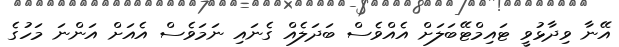
އޭނާ ވިދާޅުވީ ޓައިމްޓޭބަލަށް އެއްވެސް ބަދަލެއް ގެނައި ނަމަވެސް އެއަށް އަންނަ މަހުގެ